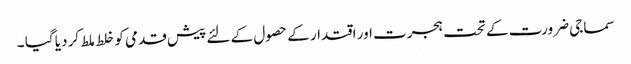
سماجی ضرورت کے تحت ہجرت اور اقتدار کے حصول کے لئے پیش قدمی کو خلط ملط کر دیا گیا ۔